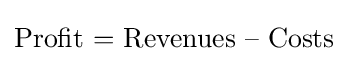
{\text{Profit = Revenues – Costs}}